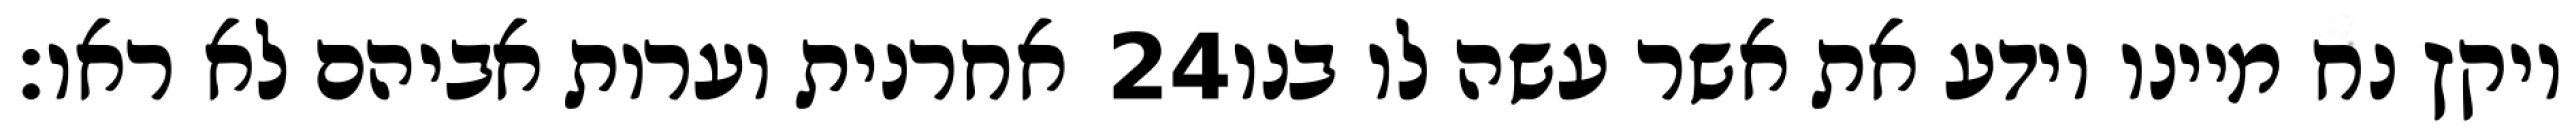
אחרנית וערות אביהם לא ראו׃ ‎24‏ ויקץ נח מיינו וידע את אשר עשה לו בנו